Document type: Sale
Year: 1355
Scribe: Pere Borrell
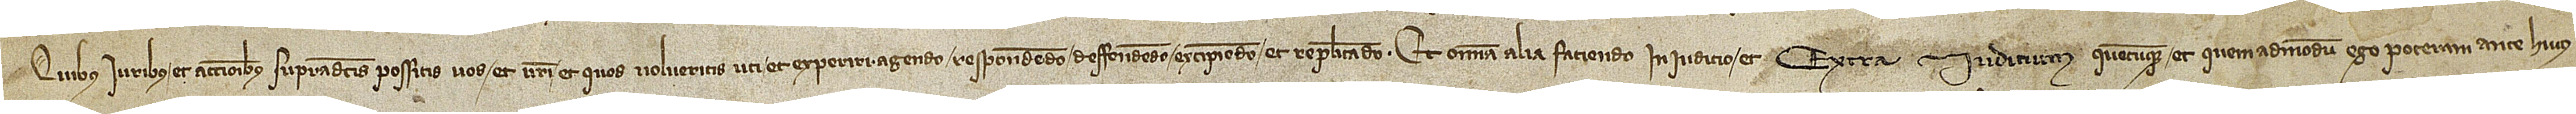
Quibus iuribus et actionibus supradictis possitis vos et vestri et quos volueritis uti et experiri, agendo, respondendo, deffendendo, excipiendo et replicando et omnia alia faciendo in iudicio et extra iudicium quecumque et quemadmodum ego poteram ante huius-